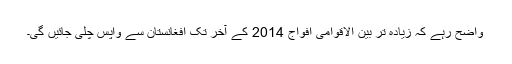
واضح رہے کہ زیادہ تر بین الاقوامی افواج 2014 کے آخر تک افغانستان سے واپس چلی جائیں گی۔